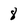
Character: 8